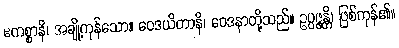
ဧကစ္စာနိ၊ အချို့ကုန်သော။ ဝေဒယိတာနိ၊ ဝေဒနာတို့သည်။ ဥပ္ပဇ္ဇန္တိ၊ ဖြစ်ကုန်၏။